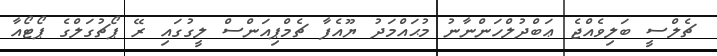
ޗެލްސީ ބަލިވެއްޖެ ޢަބްދުލްހަންނާނު މުޙައްމަދު ޔޫއެފާ ޗެމްޕިއަންސް ލީގުގައި ރޭ ޕޯޗުގަލްގެ ޕޯޓޯއާ